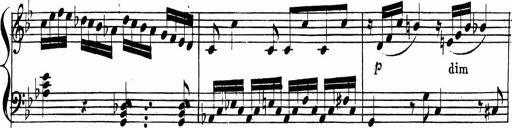
Title: 2 Piano Sonatinas
Composer: Ferdinand Ries